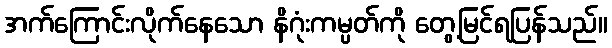
အက်ကြောင်းလိုက်နေသော နိဂုံးကမ္ပတ်ကို တွေ့မြင်ရပြန်သည်။